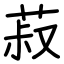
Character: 菽